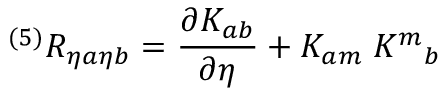
{ } ^ { ( 5 ) } R _ { \eta a \eta b } = { \frac { \partial K _ { a b } } { \partial \eta } } + K _ { a m } \; K ^ { m } { } _ { b }